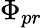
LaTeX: \Phi_{pr}